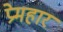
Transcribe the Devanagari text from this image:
प्रेमहार